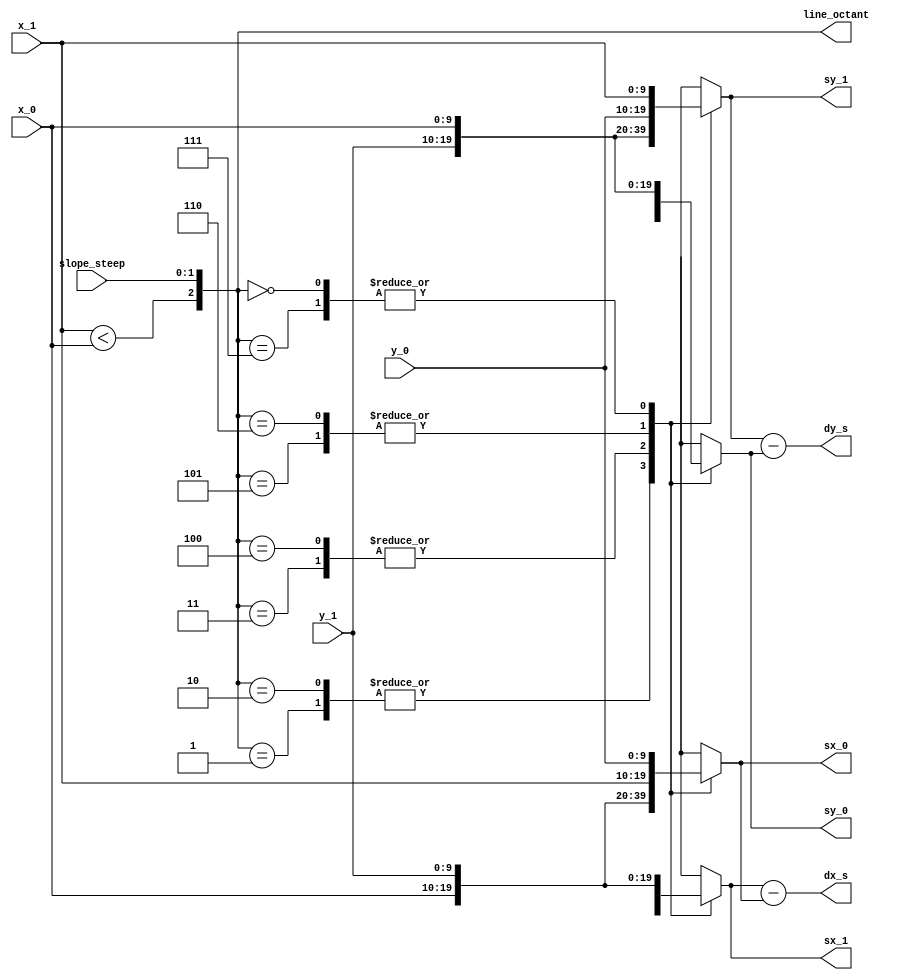
module point_swapper(x_0, x_1, y_0, y_1, slope_steep, sx_0, sx_1, sy_0, sy_1, line_octant, dy_s, dx_s);

input [9:0] x_0, x_1, y_0, y_1;

input [1:0] slope_steep;
output reg [9:0] sx_0, sx_1, sy_0, sy_1;             
output reg [2:0] line_octant; //needed to reverse the swap
output signed [10:0] dy_s, dx_s;

assign dy_s = sy_1 - sy_0;
assign dx_s = sx_1 - sx_0;

wire [2:0] octant, octant_f;
wire vector_direction;

//determine which octant we're working in to appropriately translate 
//the point forward
assign vector_direction = (x_1 < x_0);
assign octant = {slope_steep, vector_direction};

//shifting will give the final octant
assign octant_f = {octant[0], octant[2:1]};

always @(octant_f)
begin
  line_octant = octant_f;
end

always @(x_0 or x_1 or y_0 or y_1 or slope_steep or octant_f)
case(octant_f)
  0:begin
    //slope in quadrant 0, slope is greater than 1
    //swap(x0, y0) and swap(x1, y1)
    sx_0 = y_0;
    sy_0 = x_0;
    sx_1 = y_1;
    sy_1 = x_1;

    //positive slope
    // = 1'b0;
    end
  1:begin
    //slope in quadrant 0, slope is greater than 0, less/equal to 1
    //no swapping required, in algorithmic bounds
    sx_0 = x_0;
    sy_0 = y_0;
    sx_1 = x_1;
    sy_1 = y_1;

    //positive slope
    // = 1'b0;
    end
  2:begin
    //slope is in quadrant 1, slope is less than 0, greater/equal to -1
    //slope is negative so use the negative verision of the algorithm
    sx_0 = x_0;
    sy_0 = y_0;
    sx_1 = x_1;
    sy_1 = y_1;

    //negative slope
    // = 1'b1;
    end
  3:begin
    //slope is in quadrant 1, slope is less than -1
    //slope is negative so use negative version of the algorithm
    sx_0 = y_1;
    sy_0 = x_1;
    sx_1 = y_0;
    sy_1 = x_0;

    //negative slope
    // = 1'b1;
    end
  4:begin
    //slope is in quadrant 2, slope is greater than 1
    //x1 < x0
    sx_0 = y_1;
    sy_0 = x_1;
    sx_1 = y_0;
    sy_1 = x_0;

    //positive slope
    // = 1'b0;
    end
  5:begin
    //slope is in quadrant 2, slope is greater than 0, less/equal to 1
    //x1 < x0
    //swap point 0 and point 1
    sx_0 = x_1;
    sy_0 = y_1;
    sx_1 = x_0;
    sy_1 = y_0;

    //positive slope
    // = 1'b0;
    end
  6:begin
    //slope is in quadrant 3, slope is less than 0, greater/equal to -1
    //x1 < x0
    //swap point 0 and point 1
    sx_0 = x_1;
    sy_0 = y_1;
    sx_1 = x_0;
    sy_1 = y_0;

    // = 1'b1;
    end
  7:begin
    //slope is in quadrant 3, slope is less than -1
    //x1 < x0
    sx_0 = y_0;
    sy_0 = x_0;
    sx_1 = y_1;
    sy_1 = x_1;

    // = 1'b1;
    end
endcase

endmodule